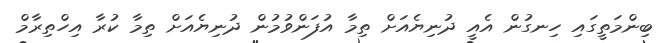
ބިންމަތީގައި ހިނގުން އެއީ ދުނިޔެއަށް ތިމާ އުފަންވުމުން ދުނިޔެއަށް ތިމާ ކުރާ އިހްތިރާމް